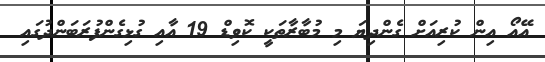
އޭއޯ އިން ކުރިއަށް ގެންދިޔަ މި މުބާރާތަކީ ކޮވިޑް 19 އާއި ގުޅިގެންފުރަބަންދުގައި